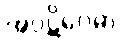
အပ္ပဋိဝေဓာ